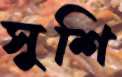
সুশি